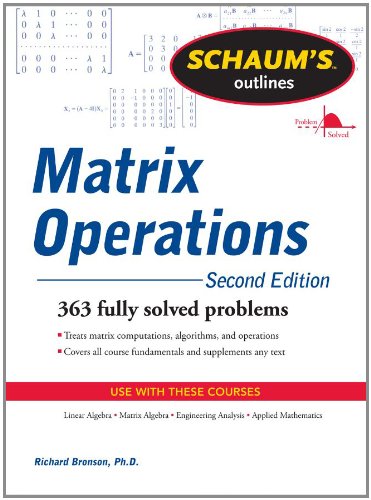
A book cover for Schaum's Outline of Matrix Operations (Schaum's Outlines); Richard Bronson; Science & Math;